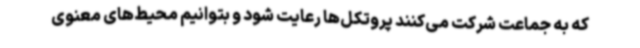
که به جماعت شرکت می‌کنند پروتکل‌ها رعایت شود و بتوانیم محیط‌های معنوی